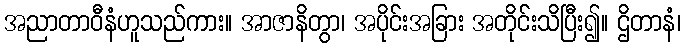
အညာတာဝီနံဟူသည်ကား။ အာဇာနိတွာ၊ အပိုင်းအခြား အတိုင်းသိပြီး၍။ ဌိတာနံ၊